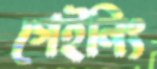
গেইনিং